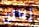
زبائن